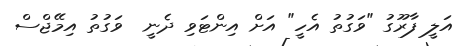
އަލީ ފާރޫގު "ވަގުތު އެހީ" އަށް އިންޓަވި ދެނީ  ވަގުތު އިމޭޖްސް